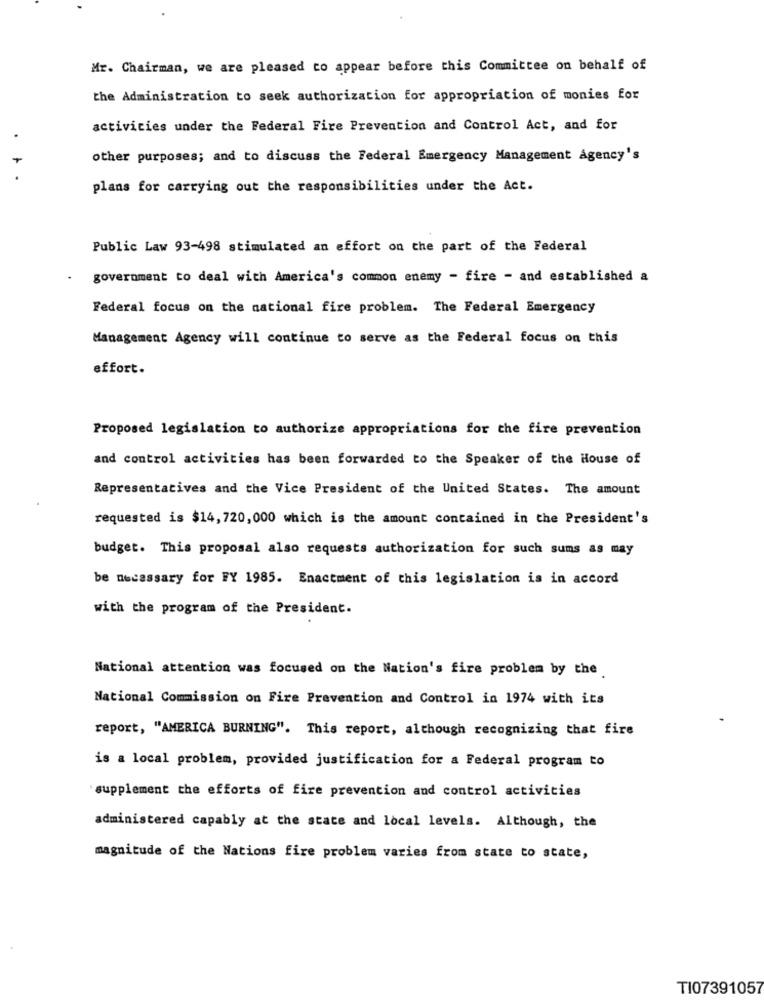
Mr. Chairman, we are pleased to appear before this Committee on behalf of
the Administration to seek authorization for appropriation of monies for
activities under the Federal Fire Prevention and Control Act, and for
other purposes; and to discuss the Federal Emergency Management Agency's
. .
plans for carrying out the responsibilities under the Act.
Public Law 93-498 stimulated an effort on the part of the Federal
government to deal with America's common enemy - fire - and established a
Federal focus on the national fire problem. The Federal Emergency
Management Agency will continue to serve as the Federal focus on this
effort.
Proposed legislation to authorize appropriations for the fire prevention
and control activities has been forwarded to the Speaker of the House of
Representatives and the Vice President of the United States. The amount
requested is $14,720,000 which is the amount contained in the President's
budget. This proposal also requests authorization for such sums as may
be necessary for FY 1985. Enactment of this legislation is in accord
with the program of the President.
National attention was focused on the Nation's fire problem by the.
National Commission on Fire Prevention and Control in 1974 with its
report, "AMERICA BURNING". This report, although recognizing that fire
is a local problem, provided justification for a Federal program to
supplement the efforts of fire prevention and control activities
administered capably at the state and local levels. Although, the
magnitude of the Nations fire problem varies from state to state,
TI07391057